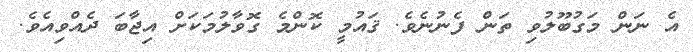
އެ ނަން މަގުބޫލުވި ތަން ފެނުނެވެ. ޤައުމީ ކޮންމެ ގޮވާލުމަކަށް އިޖާބަ ދެއްވިއެވެ.